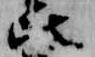
比